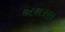
અશરણ